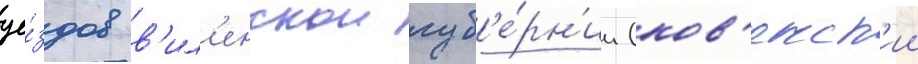
уе́здов в'ил'енскои губ'е́рн'ии (ков'енск'ии